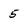
Character: 5